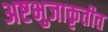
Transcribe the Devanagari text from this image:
अष्टभुजाकृतीत